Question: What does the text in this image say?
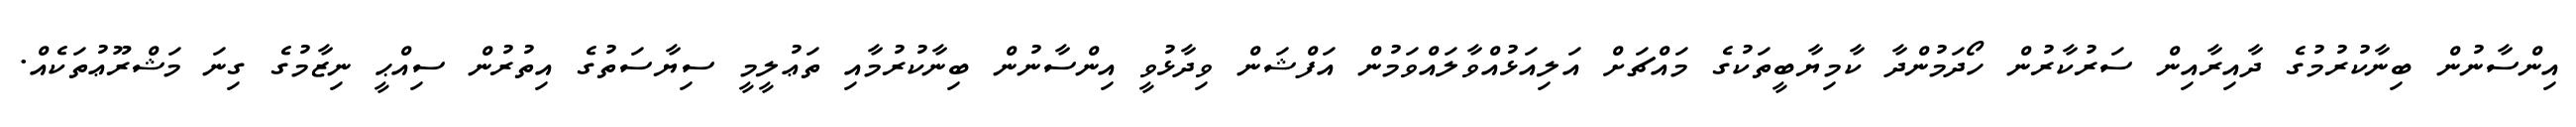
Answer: އިންސާނުން ބިނާކުރުމުގެ ދާއިރާއިން ސަރުކާރުން ހޯދަމުންދާ ކާމިޔާބީތަކުގެ މައްޗަށް އަލިއަޅުއްވާލައްވަމުން އަފްޝަން ވިދާޅުވީ އިންސާނުން ބިނާކުރުމާއި ތަޢުލީމީ ސިޔާސަތުގެ އިތުރުން ސިއްޙީ ނިޒާމުގެ ގިނަ މަޝްރޫޢުތަކެއް.